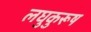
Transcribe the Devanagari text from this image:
लघुकुरूष